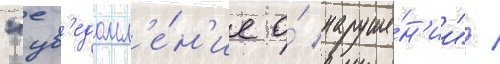
"ув'едомл'е́н'ие о́ наруше́н'ии" /